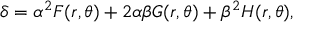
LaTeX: \delta = \alpha ^ { 2 } F ( r , \theta ) + 2 \alpha \beta G ( r , \theta ) + \beta ^ { 2 } H ( r , \theta ) ,